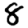
Digit: 8